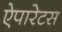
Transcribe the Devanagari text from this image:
ऐपारेटस